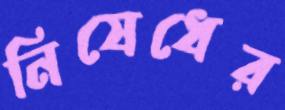
নিষেধের